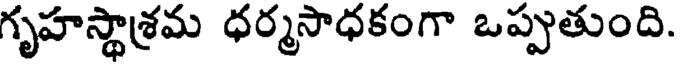
గృహస్థాశ్రమ ధర్మసాధకంగా ఒప్పుతుంది.